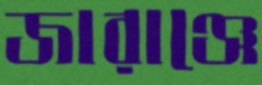
জারাঞ্জে